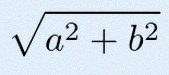
\sqrt{a^2+b^2}